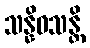
သန္နိဝသန္တိ